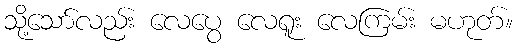
သို့သော်လည်း လေပွေ လေရူး လေကြမ်း မဟုတ်။